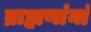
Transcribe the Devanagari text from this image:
ब्राह्मणांनां